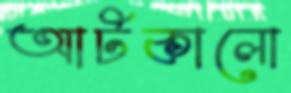
আটকালো